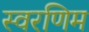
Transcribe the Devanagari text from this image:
स्वरणिम